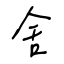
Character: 舍